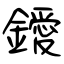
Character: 鑀